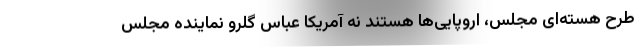
طرح هسته‌ای مجلس، اروپایی‌ها هستند نه آمریکا عباس گلرو نماینده مجلس